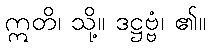
ဣတိ၊ သို့။ ဒဋ္ဌဗ္ဗံ၊ ၏။